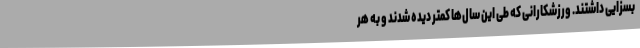
بسزایی داشتند. ورزشکارانی که طی این سال‌ها کمتر دیده شدند و به هر